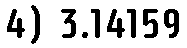
4) 3.14159